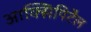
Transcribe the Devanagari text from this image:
आक्सिपिटैल